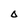
Character: O